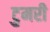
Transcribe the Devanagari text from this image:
टुमरी